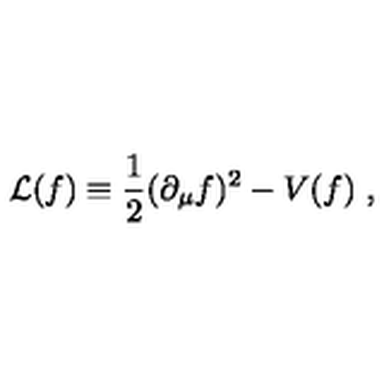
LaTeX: { \cal L } ( f ) \equiv { \frac { 1 } { 2 } } ( \partial _ { \mu } f ) ^ { 2 } - V ( f ) \ ,